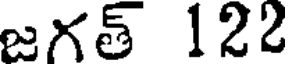
జగత్ 122